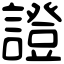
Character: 證